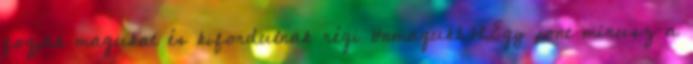
fogják magukat és kifordulnak régi önmagukból.Egy pont mínusz a